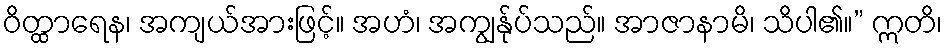
ဝိတ္ထာရေန၊ အကျယ်အားဖြင့်။ အဟံ၊ အကျွန်ုပ်သည်။ အာဇာနာမိ၊ သိပါ၏။” ဣတိ၊